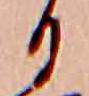
ひ